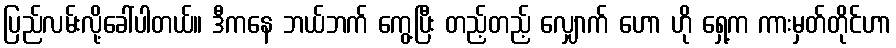
ပြည်လမ်းလို့ခေါ်ပါတယ်။ ဒီကနေ ဘယ်ဘက် ကွေ့ပြီး တည့်တည့် လျှောက် ဟော ဟို ရှေ့က ကားမှတ်တိုင်ဟာ